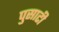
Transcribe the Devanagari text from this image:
पुसाटी